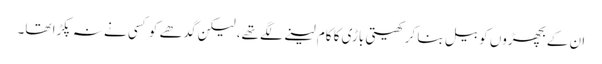
ان کے بچھڑوں کو بیل بنا کر کھیتی باڑی کا کام لینے لگے تھے، لیکن گدھے کو کسی نے نہ پکڑا تھا۔